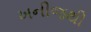
ખનીજથી